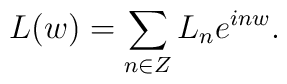
L(w) = \sum_{n\in Z} L_n e^{inw}.